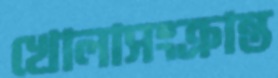
খোলাসংক্রান্ত